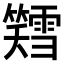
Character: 𫂪